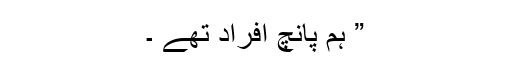
” ہم پانچ افراد تھے ۔